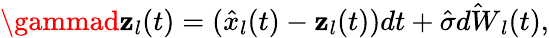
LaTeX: \gammad\mathbf{z}_{l}(t)=(\hat{{x}}_{l}(t)-\mathbf{z}_{l}(t))dt+\hat{{\sigma}}\hat{{dW}}_{l}(t),